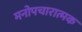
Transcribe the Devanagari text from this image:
मनोपचारात्मक